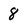
Character: 8